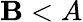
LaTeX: \mathbf{B}<A